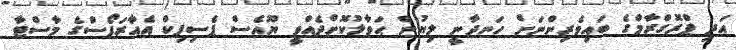
އަދި ޕްރޮގްރާމްގެ ބައިވެރިންނަށް ހަނދާނީ ލިޔުން ޙަވާލުކޮށްދެއްވީ ޔޫއެސް ޕެސިފިކް އެއާރަފޯސްގެ މާސްޓާ